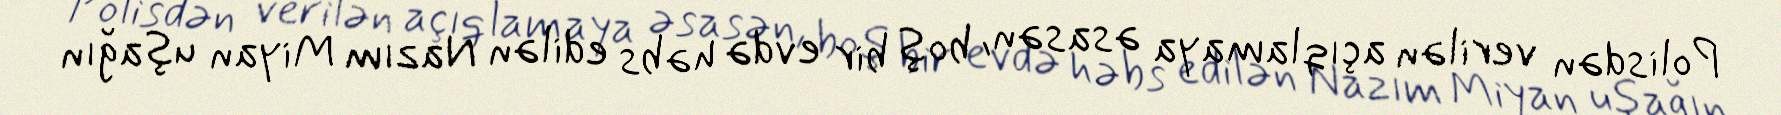
Polisdən verilən açıqlamaya əsasən, boş bir evdə həbs edilən Nazım Miyan uşağın